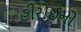
હીરોઈનો